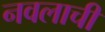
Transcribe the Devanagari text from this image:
नवलाची